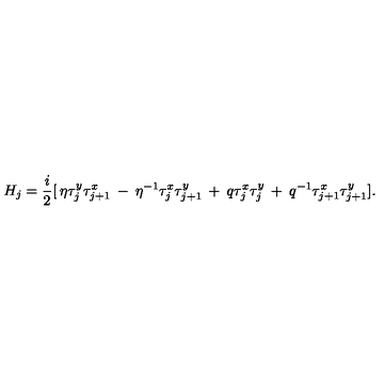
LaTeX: H _ { j } = \frac { i } { 2 } [ \: \eta \tau _ { j } ^ { y } \tau _ { j + 1 } ^ { x } \: - \: \eta ^ { - 1 } \tau _ { j } ^ { x } \tau _ { j + 1 } ^ { y } \: + \: q \tau _ { j } ^ { x } \tau _ { j } ^ { y } \: + \: q ^ { - 1 } \tau _ { j + 1 } ^ { x } \tau _ { j + 1 } ^ { y } ] .